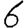
Digit: 6